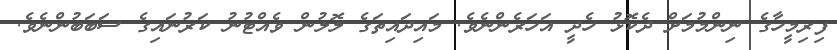
ފިރިމީހާގެ ނިންމުމަށް ދެކޮޅު ހެދީ އަހަރެންނެވެ. މައިދައިތަގެ ލޮލުން ވެއްޓުނު ކަރުނައިގެ ސަބަބުންނެވެ.